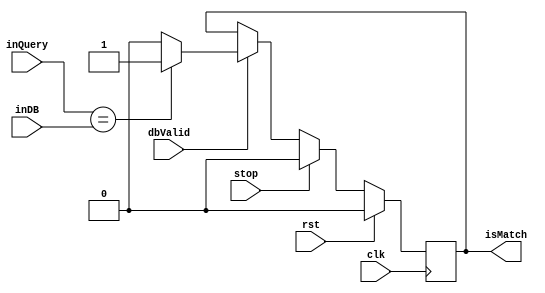
module comparator(
input clk,
input rst,
input stop,
input dbValid,
input [21:0] inQuery,
input [21:0] inDB,
output reg isMatch
    );
  
   
always @(posedge clk) 
 begin
 if(rst)
 isMatch <= 0;
 else if(stop) 
 begin
   isMatch <= 0;
 end
 else if(dbValid)
 begin
    if(inQuery == inDB)
      isMatch <= 1;
   else 
      isMatch <= 0;
  end
end
endmodule